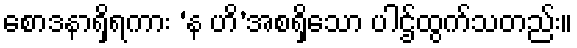
စောဒနာရှိရကား ‘န ဟိ’အစရှိသော ပါဌ်ထွက်သတည်း။